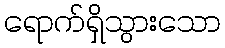
ရောက်ရှိသွားသော